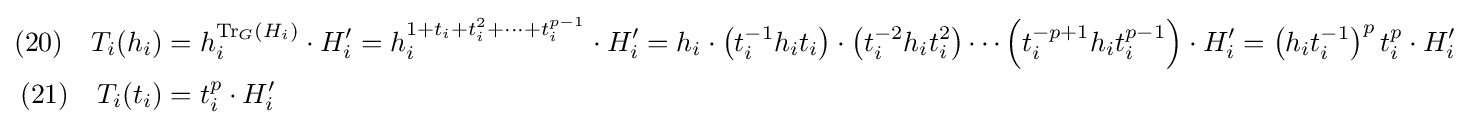
{\begin{aligned}(20)\quad T_{i}(h_{i})&=h_{i}^{\mathrm {Tr} _{G}(H_{i})}\cdot H_{i}'=h_{i}^{1+t_{i}+t_{i}^{2}+\cdots +t_{i}^{p-1}}\cdot H_{i}'=h_{i}\cdot \left(t_{i}^{-1}h_{i}t_{i}\right)\cdot \left(t_{i}^{-2}h_{i}t_{i}^{2}\right)\cdots \left(t_{i}^{-p+1}h_{i}t_{i}^{p-1}\right)\cdot H_{i}'=\left(h_{i}t_{i}^{-1}\right)^{p}t_{i}^{p}\cdot H_{i}'\\(21)\quad T_{i}(t_{i})&=t_{i}^{p}\cdot H_{i}'\end{aligned}}